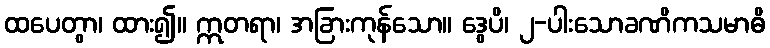
ထပေတွာ၊ ထား၍။ ဣတရာ၊ အခြားကုန်သော။ ဒွေပိ၊ ၂-ပါးသောခဏိကသမာဓိ